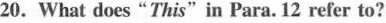
20. What does “ This” in Para. 12 refer to?